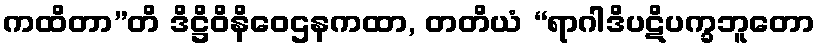
ကထိတာ”တိ ဒိဋ္ဌိဝိနိဝေဌနကထာ, တတိယံ “ရာဂါဒိပဋိပက္ခဘူတော